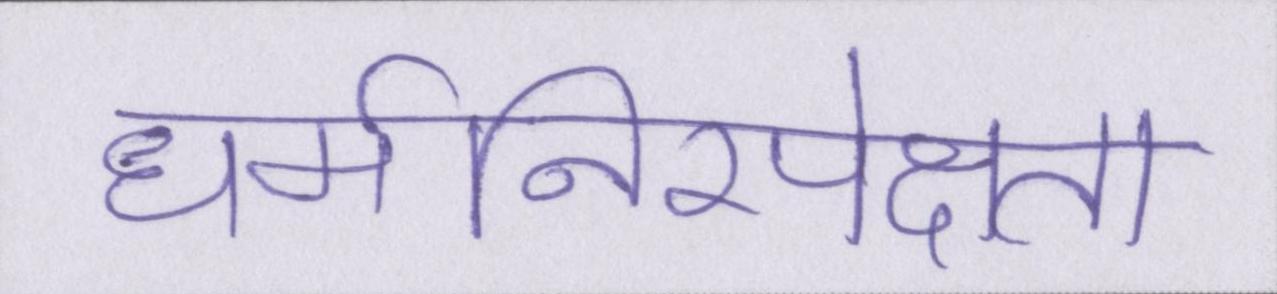
धर्मनिरपेक्षता